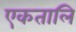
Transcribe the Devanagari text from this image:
एकतालि